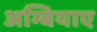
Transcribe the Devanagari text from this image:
अम्बियाए